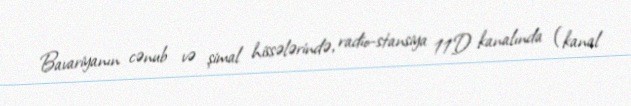
Bavariyanın cənub və şimal hissələrində, radio-stansiya 11D kanalında (kanal